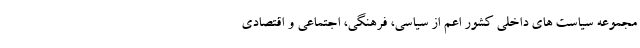
مجموعه سیاست های داخلی کشور اعم از سیاسی، فرهنگی، اجتماعی و اقتصادی